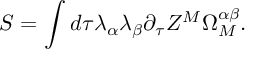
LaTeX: S = \int d \tau \lambda _ { \alpha } \lambda _ { \beta } \partial _ { \tau } Z ^ { M } \Omega _ { M } ^ { \alpha \beta } .